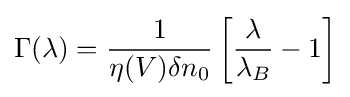
\Gamma (\lambda )={\frac {1}{\eta (V)\delta n_{0}}}\left[{\frac {\lambda }{\lambda _{B}}}-1\right]